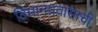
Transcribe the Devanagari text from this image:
विमानप्रवासाची